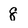
Character: 8